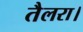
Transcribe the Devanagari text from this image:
तैलरा।